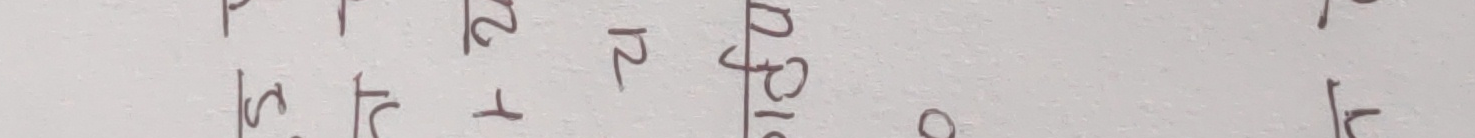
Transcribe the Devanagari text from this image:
प र स श ह क्ष ज्ञ
म ल ष य क त्र श्र